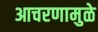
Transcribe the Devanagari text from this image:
आचरणामुळे